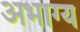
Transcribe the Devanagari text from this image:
अभाग्य